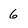
Character: 6